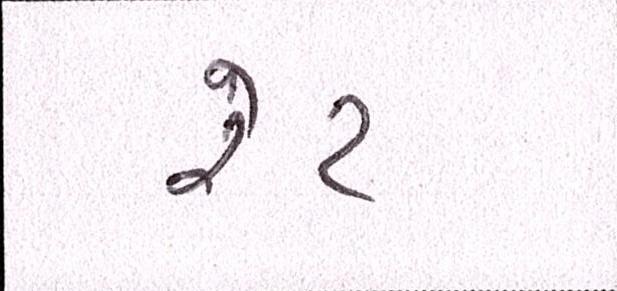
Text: રેટ